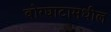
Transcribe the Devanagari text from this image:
बोरघाटामधील